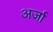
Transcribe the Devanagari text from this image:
अर्जा